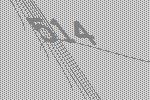
514